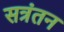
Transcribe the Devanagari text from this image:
सत्रंतन